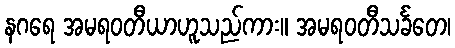
နဂရေ အမရဝတီယာဟူသည်ကား။ အမရဝတီသင်္ခတေ၊